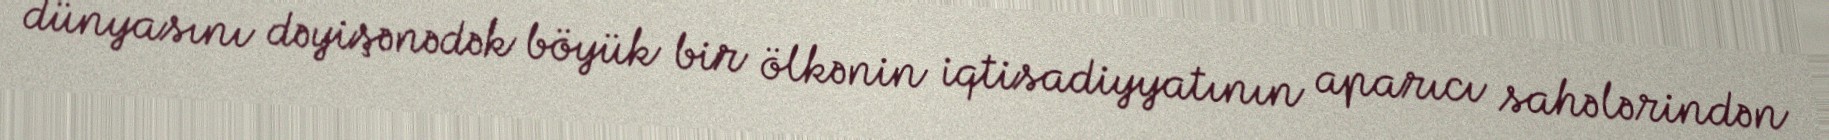
dünyasını dəyişənədək böyük bir ölkənin iqtisadiyyatının aparıcı sahələrindən